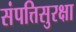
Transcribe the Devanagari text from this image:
संपत्तिसुरक्षा